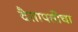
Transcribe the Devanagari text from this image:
दैतापतींचा